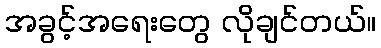
အခွင့်အရေးတွေ လိုချင်တယ်။